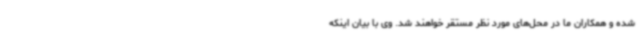
شده و همکاران ما در محل‌های مورد نظر مستقر خواهند شد. وی با بیان اینکه